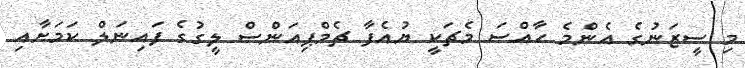
މި ސީޒަނުގެ އެންމެ ހާއްސަ މެޗަކީ ޔުއެފާ ޗެމްޕިއަންސް ލީގުގެ ފައިނަލް ކަމަށާއި